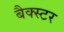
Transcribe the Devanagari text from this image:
बैक्स्टर